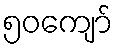
၅၀ကျော်